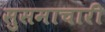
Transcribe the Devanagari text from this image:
सुसमाचारी